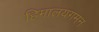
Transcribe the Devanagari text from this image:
हिमालयगमन